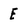
Character: E